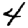
Digit: 4